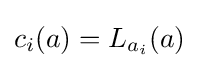
c_{i}(a)=L_{a_{i}}(a)